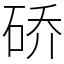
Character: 硚